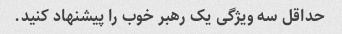
حداقل سه ویژگی یک رهبر خوب را پیشنهاد کنید.